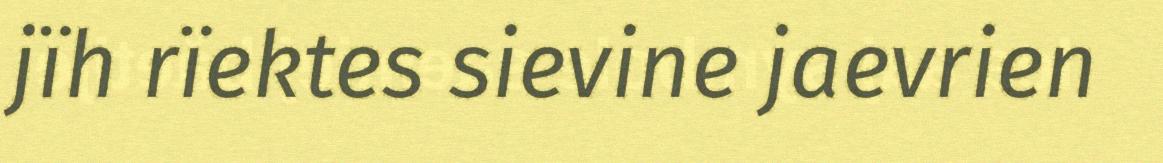
jïh rïektes sievine jaevrien